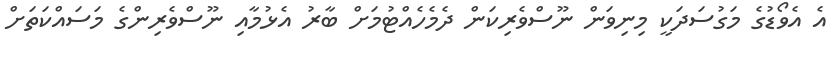
އެ އެވޯޑުގެ މަގުސަދަކީ މިނިވަން ނޫސްވެރިކަން ދެމެހެއްޓުމަށް ބާރު އެޅުމާއި ނޫސްވެރިންގެ މަސައްކަތަށް